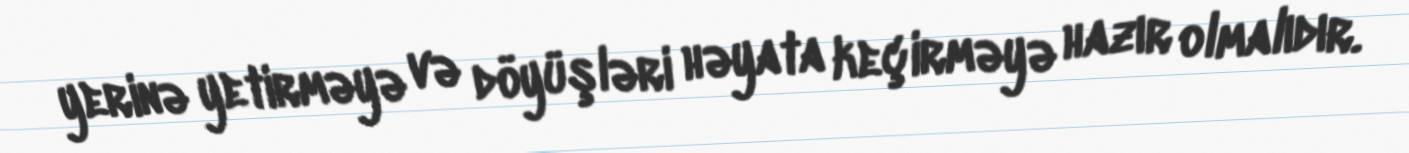
yerinə yetirməyə və döyüşləri həyata keçirməyə hazır olmalıdır.